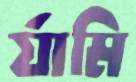
র‍্যামি